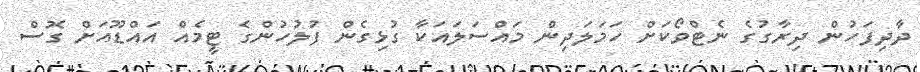
ދާދިފަހުން ދިރާގުގެ ނެޓްވޯކަށް ހަމަލަދިން މައްސަލައަކާ ގުޅިގެން ފުލުހުންގެ ޓީމެއް އައްޑޫއަށް ގޮސް